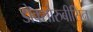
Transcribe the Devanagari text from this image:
डोक्सोरुबीसिन